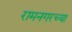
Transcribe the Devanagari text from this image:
रामनगरच्या